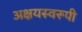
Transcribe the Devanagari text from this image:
अक्षयस्वरूपी